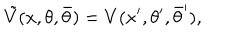
\tilde { V } ( x , \theta , \bar { \theta } ) = V ( x ^ { \prime } , \theta ^ { \prime } , \bar { \theta } ^ { \prime } ) ,